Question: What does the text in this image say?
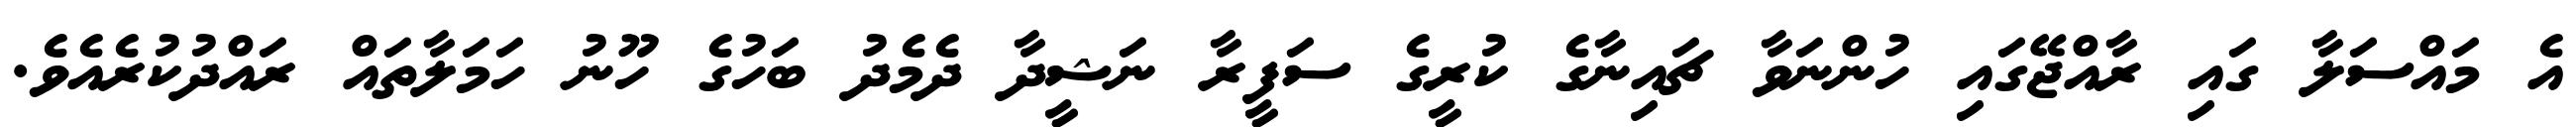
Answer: އެ މައްސަލާ ގައި ރާއްޖޭގައި ހުންނަވާ ޗައިނާގެ ކުރީގެ ސަފީރާ ނަޝީދާ ދެމެދު ބަހުގެ ހޫނު ހަމަލާތައް ރައްދުކުރެއެވެ.